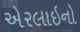
એરલાઇનો